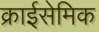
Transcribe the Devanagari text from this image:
क्राईसेमिक